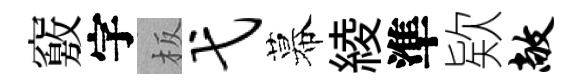
竅字板弋幕綾準欵敞